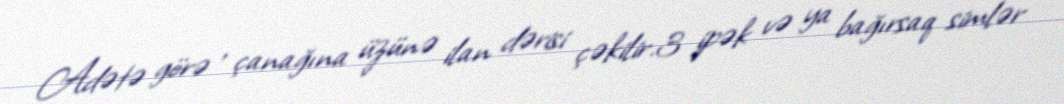
Adətə görə , çanağına üzünə ilan dərisi çəkilir.3 ipək və ya bağırsaq simlər